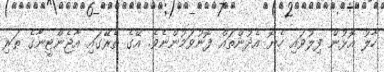
ހާލު އޮޅުން ފިލުވައި ހެޔޮ އެދުންތައް ފޮނުވަމުންނެވެ. އޭގެ ތެރޭގައި އާޖެންޓީނާގެ ތަރި